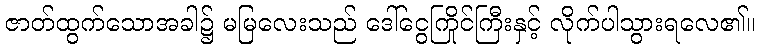
ဇာတ်ထွက်သောအခါ၌ မမြလေးသည် ဒေါ်ငွေကြိုင်ကြီးနှင့် လိုက်ပါသွားရလေ၏။